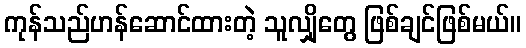
ကုန်သည်ဟန်ဆောင်ထားတဲ့ သူလျှိုတွေ ဖြစ်ချင်ဖြစ်မယ်။